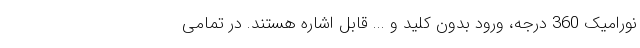
نورامیک 360 درجه، ورود بدون کلید و ... قابل اشاره هستند. در تمامی